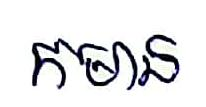
កមាន